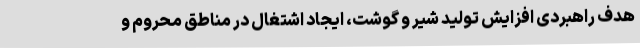
هدف راهبردی افزایش تولید شیر و گوشت، ایجاد اشتغال در مناطق محروم و